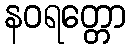
နဝရတ္တော